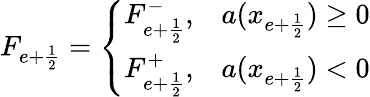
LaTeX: F_{e+\frac{1}{2}}=\left\{ \begin{array}{ll}{F_{e+\frac{1}{2}}^{-},}&{a(x_{e+\frac{1}{2}})\ge 0}\\ {F_{e+\frac{1}{2}}^{+},}&{a(x_{e+\frac{1}{2}})<0}\end{array}\right.